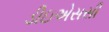
ડીઇએસસી